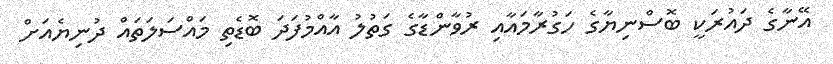
އޭނާގެ ދައުރަކީ ބޮސްނިޔާގެ ހަގުރާމައާއި ރުވާންޑާގެ ގަތުލު އާއްމުފަދަ ބޮޑެތި މައްސަލަތައް ދުނިޔެއަށް